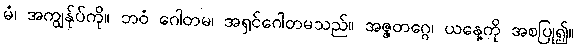
မံ၊ အကျွန်ုပ်ကို။ ဘဝံ ဂေါတမ၊ အရှင်ဂေါတမသည်။ အဇ္ဇတဂ္ဂေ၊ ယနေ့ကို အစပြု၍။